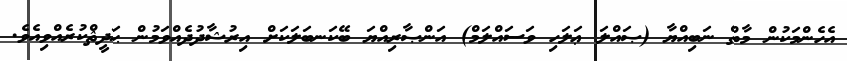
އެހެންމަކުން މާތް ނަބިއްޔާ (ޞައްލަ ޢަލަހި ވަސައްލަމް) އަންޞާރިއްޔަ ބޭކަނބަލަކަށް އިރުޝާދުދެއްވަމުން ޙަދީޘްކުރެއްވިއެވެ.